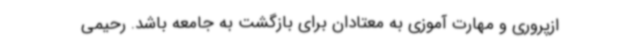
ازپروری و مهارت آموزی به معتادان برای بازگشت به جامعه باشد. رحیمی